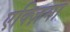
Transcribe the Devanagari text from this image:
एक्ज़िमा